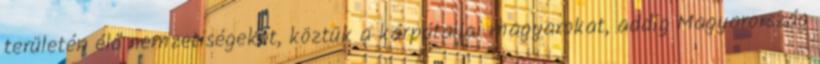
területén élő nemzetiségeket, köztük a kárpátaljai magyarokat, addig Magyarország